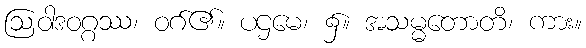
ဩဝါဒဝဂ္ဂဿ၊ ဝဂ်၏။ ပဌမေ၊ ၌။ အသမ္မတောတိ၊ ကား။